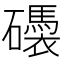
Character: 𥗗